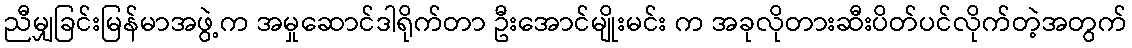
ညီမျှခြင်းမြန်မာအဖွဲ့က အမှုဆောင်ဒါရိုက်တာ ဦးအောင်မျိုးမင်း က အခုလိုတားဆီးပိတ်ပင်လိုက်တဲ့အတွက်